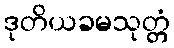
ဒုတိယခမသုတ္တံ